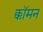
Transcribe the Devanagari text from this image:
क्कॉमन